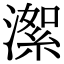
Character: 㵖